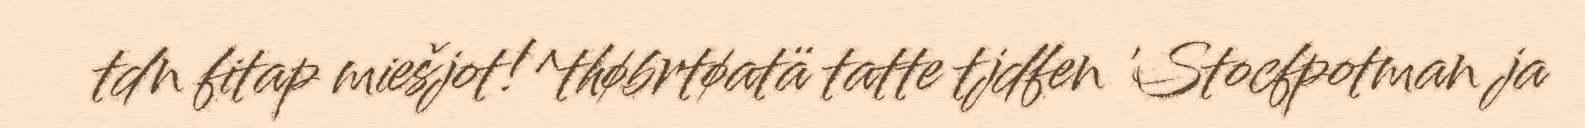
tdn fitap miešjot!^thøbrtøatä tatte tjdfen 'Stocfpotman ja